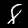
Digit: 8